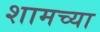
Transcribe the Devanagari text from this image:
शामच्या